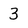
Character: 3